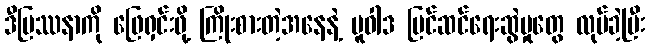
ဒီပြဿနာကို ဖြေရှင်းဖို့ ကြိုးစားတဲ့အနေနဲ့ မူဝါဒ ပြင်ဆင်ရေးဆွဲမှုတွေ လုပ်ခဲ့ပြီး